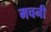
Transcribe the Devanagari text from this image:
मचनी